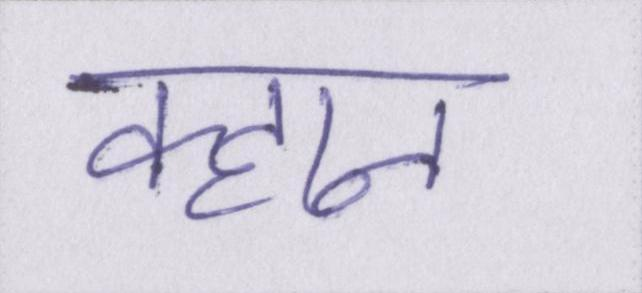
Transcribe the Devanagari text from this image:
क्हान